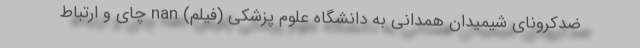
ضدکرونای شیمیدان همدانی به دانشگاه علوم پزشکی (فیلم) nan چای و ارتباط